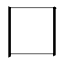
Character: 囗